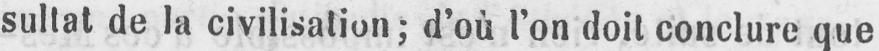
sultat de la civilisation; d’où l’on doit conclure que